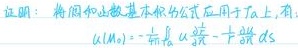
证明：将柯西 - 黎曼基本公式应用于 $T_a$，有：
\[
u(M_0)=-\frac{1}{\pi i}\int_{\Gamma_a} u \frac{\partial \ln r}{\partial n}+ \frac{\partial u}{\partial n} \ln r \, ds
\]